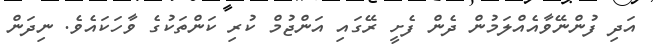
އަދި ފުންނޭވާއެއްލަމުން ދެން ފެށީ ރޭގައި އަންޖުމް ކުރި ކަންތަކުގެ ވާހަކައެވެ. ނިދަން